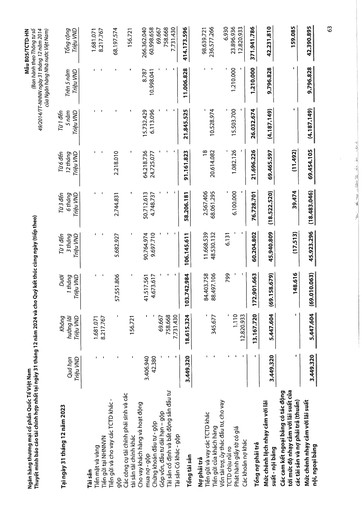
|Tại ngày 31 tháng 12 năm 2023|Quá hạn Triệu VND|Không hưởng lãi Triệu VND|Dưới 1 tháng Triệu VND|Từ 1 đến 3 tháng Triệu VND|Từ 3 đến 6 tháng Triệu VND|Từ 6 đến 12 tháng Triệu VND|Từ 1 đến 5 năm Triệu VND|Trên 5 năm Triệu VND|Tổng cộng Triệu VND| |---|---|---|---|---|---|---|---|---|---| |Tài sản|||||||||| |Tiền mặt và vàng|-|1.681.071|-|-|-|-|-|-|1.681.071| |Tiền gửi tại NHNNVN|-|8.217.767|-|-|-|-|-|-|8.217.767| |Tiền gửi và cho vay các TCTD khác - gộp|-|-|57.551.806|5.682.927|2.744.831|2.218.010|-|-|68.197.574| |Các công cụ tài chính phái sinh và các tài sản tài chính khác|-|156.721|-|-|-|-|-|-|156.721| |Cho vay khách hàng và hoạt động mua nợ - gộp|3.406.940|-|41.517.561|90.764.974|50.712.613|64.218.736|15.732.429|8.787|266.362.040| |Chứng khoán đầu tư - gộp|42.380|-|4.673.617|9.697.710|4.748.737|24.725.077|6.113.096|10.998.041|60.998.658| |Góp vốn, đầu tư dài hạn - gộp|-|69.667|-|-|-|-|-|-|69.667| |Tài sản cố định và bất động sản đầu tư|-|758.668|-|-|-|-|-|-|758.668| |Tài sản có khác - gộp|-|7.731.430|-|-|-|-|-|-|7.731.430| |Tổng tài sản|3.449.320|18.615.324|103.742.984|106.145.611|58.206.181|91.161.823|21.845.525|11.006.828|414.173.596| |Nợ phải trả|||||||||| |Tiền gửi và vay các TCTD khác|-|-|84.403.758|11.668.539|2.567.406|18|-|-|98.639.721| |Tiền gửi của khách hàng|-|345.677|88.497.106|48.530.132|68.061.295|20.614.082|10.528.974|-|236.577.266| |Vốn tài trợ, ủy thác đầu tư, cho vay TCTD chịu rủi ro|-|-|799|6.131|-|-|-|-|6.930| |Phát hành giấy tờ có giá|-|1.110|-|-|6.100.000|1.082.126|15.503.700|1.210.000|23.896.936| |Các khoản nợ khác|-|12.820.933|-|-|-|-|-|-|12.820.933| |Tổng nợ phải trả|-|13.167.720|172.901.663|60.204.802|76.728.701|21.696.226|26.032.674|1.210.000|371.941.786| |Mức chênh lệch nhạy cảm với lãi suất - nội bảng|3.449.320|5.447.604|(69.158.679)|45.940.809|(18.522.520)|69.465.597|(4.187.149)|9.796.828|42.231.810| |Các cam kết ngoại bảng có tác động tới mức độ nhạy cảm với lãi suất của các tài sản và nợ phải trả (thuần)|-|-|148.616|(17.513)|39.474|(11.492)|-|-|159.085| |Mức chênh nhạy cảm với lãi suất nội, ngoại bảng|3.449.320|5.447.604|(69.010.063)|45.923.296|(18.483.046)|69.454.105|(4.187.149)|9.796.828|42.390.895| summarize: Báo cáo tài chính hợp nhất của Ngân hàng Quốc Tế Việt Nam tại ngày 31/12/2023, phân tích chi tiết cơ cấu tài sản, nợ phải trả và mức độ nhạy cảm với lãi suất, bao gồm các khoản tiền gửi, cho vay, đầu tư và các công cụ tài chính.